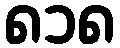
၈၁၈